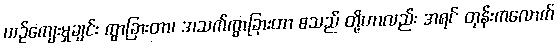
ယဉ်ကျေးမှုချင်း ကွာခြားတာ၊ အသက်ကွာခြားတာ စသည် တို့ဟာလည်း အရင် တုန်းကလောက်